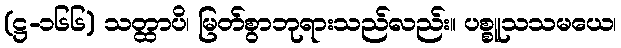
(ဋ္ဌ-၁၆၆) သတ္ထာပိ၊ မြတ်စွာဘုရားသည်လည်း။ ပစ္စူသသမယေ၊